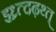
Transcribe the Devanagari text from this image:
झ्ध्र्त्दढ़थ्त्